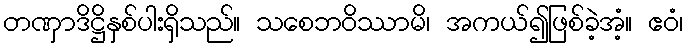
တဏှာဒိဋ္ဌိနှစ်ပါးရှိသည်။ သစေဘဝိဿာမိ၊ အကယ်၍ဖြစ်ခဲ့အံ့။ ဧဝံ၊